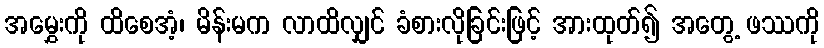
အမွှေးကို ထိစေအံ့၊ မိန်းမက လာထိလျှင် ခံစားလိုခြင်းဖြင့် အားထုတ်၍ အတွေ့ ဖဿကို